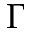
\Gamma